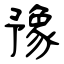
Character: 豫